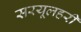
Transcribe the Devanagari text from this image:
सरयूलहरी